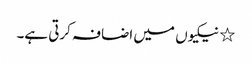
٭ نیکیوں میں اضافہ کرتی ہے۔